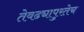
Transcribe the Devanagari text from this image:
तेवढ्यापुरतेच